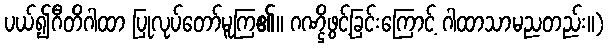
ပယ်၍ဂီတိဂါထာ ပြုလုပ်တော်မူကြ၏။ ဂဏ္ဌိဖွင့်ခြင်းကြောင့် ဂါထာသာမညတည်း။)